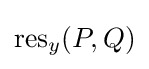
\operatorname {res} _{y}(P,Q)